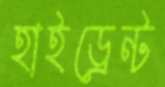
হাইড্রেন্ট